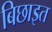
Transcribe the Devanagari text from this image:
बिछाइत